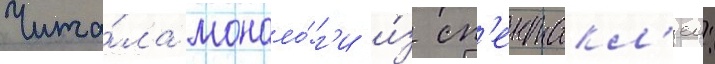
Чита́ла моноло́г'и и́з сп'ектакл'еи: